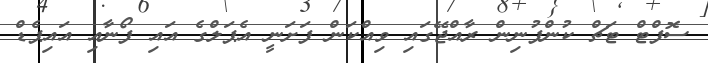
ސޮފްޓް ޓަޗް ކުންފުނިން ރާއްޖޭގައި ވިއްކަން ފަށަނީ އެޕަލްގެ އައި ފޯނާއި އައިޕެޑް